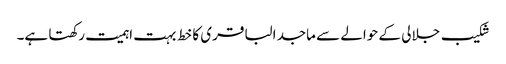
شکیب جلالی کے حوالے سے ماجد الباقری کا خط بہت اہمیت رکھتا ہے۔